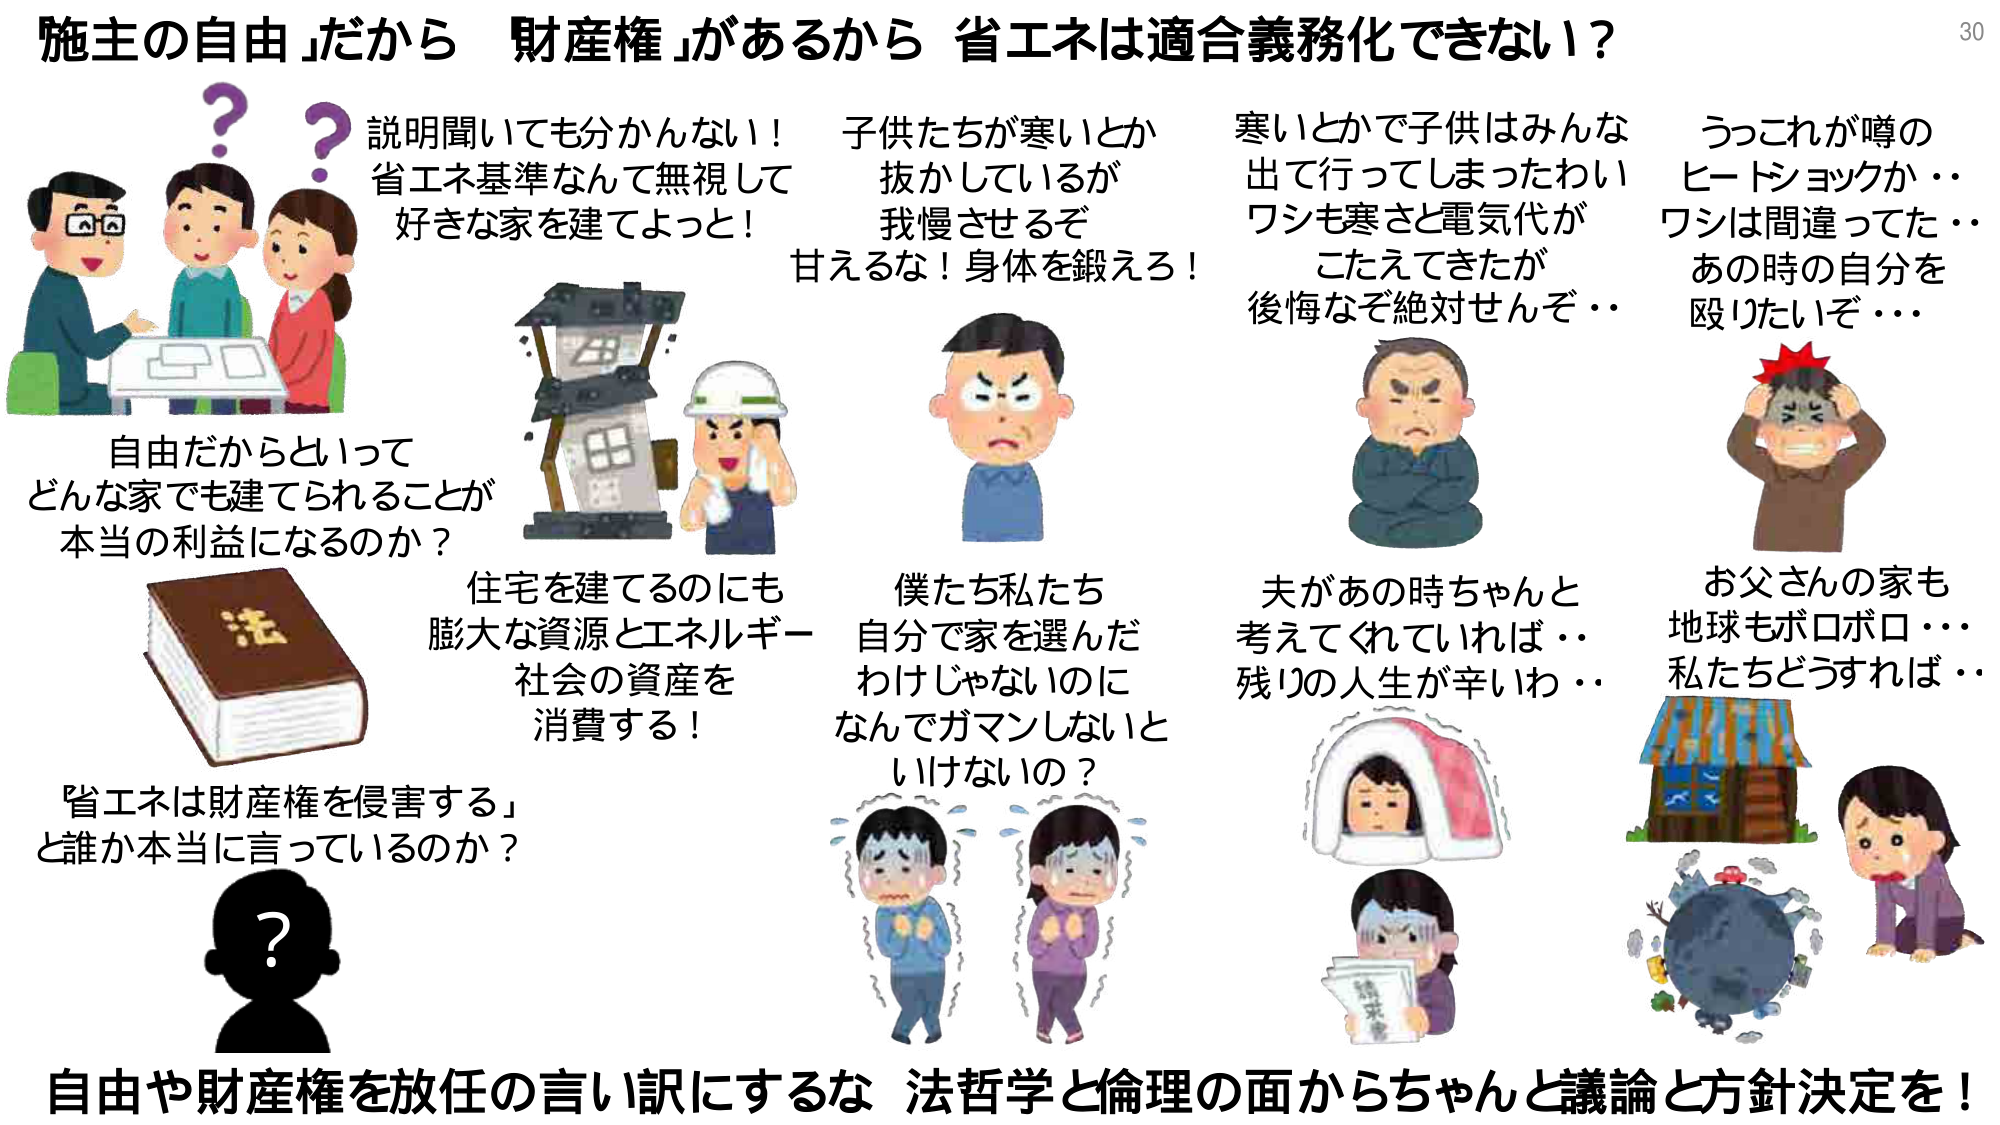
施主の自由」だから 財産権」があるから 省エネは適合義務化できない？

説明聞いても分かんない！
省エネ基準なんて無視して
好きな家を建てよっと！

子供たちが寒いとか
抜かしているが
我慢させるぞ
甘えるな！身体を鍛えろ！

寒いとかで子供はみんな
出て行ってしまったわい
ワシも寒さと電気代が
こたえてきたが
後悔なぞ絶対せんぞ・・

うっこれが噂の
ヒートショックか・・
ワシは間違ってた・・
あの時の自分を
殴りたいぞ・・・

自由だからといって
どんな家でも建てられることが
本当の利益になるのか？

住宅を建てるのにも
膨大な資源とエネルギー
社会の資産を
消費する！

僕たち私たち
自分で家を選んだ
わけじゃないのに
なんでガマンしないと
いけないの？

夫があの時ちゃんと
考えてくれていれば・・
残りの人生が辛いわ・・

お父さんの家も
地球もボロボロ・・・
私たちどうすれば・・

『省エネは財産権を侵害する』
と誰か本当に言っているのか？

？

自由や財産権を放任の言い訳にするな 法哲学と倫理の面からちゃんと議論と方針決定を！

30